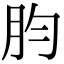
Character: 䏛